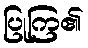
ပြုကြ၏